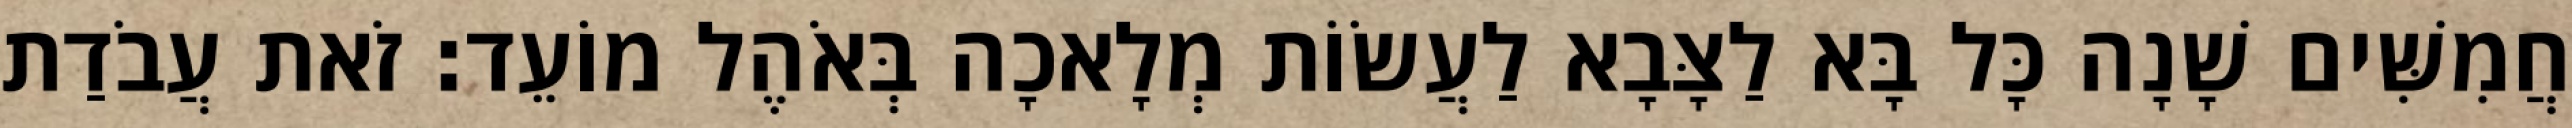
חֲמִשִּׁים שָׁנָה כָּל בָּא לַצָּבָא לַעֲשׂוֹת מְלָאכָה בְּאֹהֶל מוֹעֵד׃ זֹאת עֲבֹדַת